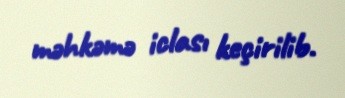
məhkəmə iclası keçirilib.